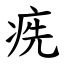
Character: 㾌